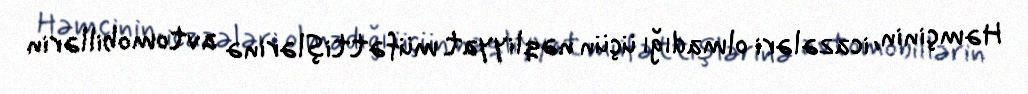
Həmçinin, icazələri olmadığı üçün nəqliyyat müfəttişlərinə avtomobillərin